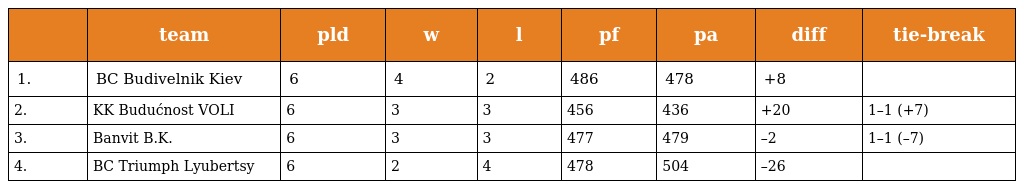
|  | team | pld | w | l | pf | pa | diff | tie-break |
 | --- | --- | --- | --- | --- | --- | --- | --- | --- |
 | 1. | BC Budivelnik Kiev | 6 | 4 | 2 | 486 | 478 | +8 |  |
 | 2. | KK Budućnost VOLI | 6 | 3 | 3 | 456 | 436 | +20 | 1–1 (+7) |
 | 3. | Banvit B.K. | 6 | 3 | 3 | 477 | 479 | –2 | 1–1 (–7) |
 | 4. | BC Triumph Lyubertsy | 6 | 2 | 4 | 478 | 504 | –26 |  |